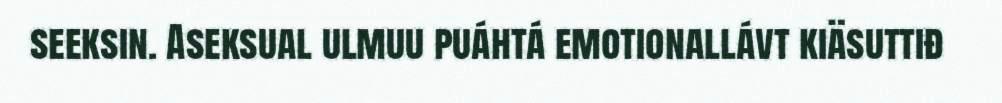
seeksin. Aseksual ulmuu puáhtá emotionallávt kiäsuttiđ